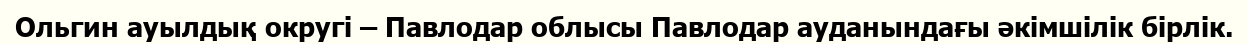
Ольгин ауылдық округі – Павлодар облысы Павлодар ауданындағы әкімшілік бірлік.